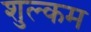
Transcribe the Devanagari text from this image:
शुल्कम